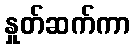
နှုတ်ဆက်ကာ